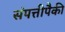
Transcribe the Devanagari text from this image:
संपत्तीपैकी